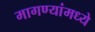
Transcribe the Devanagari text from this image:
मागण्यांमध्ये